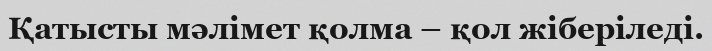
Қатысты мәлімет қолма – қол жіберіледі.